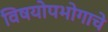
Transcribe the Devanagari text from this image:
विषयोपभोगाचे